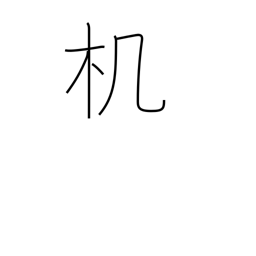
Meaning: desk